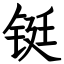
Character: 铤